Report on vaccination in the Province of Bengal - 1869-1873
Year: 1869
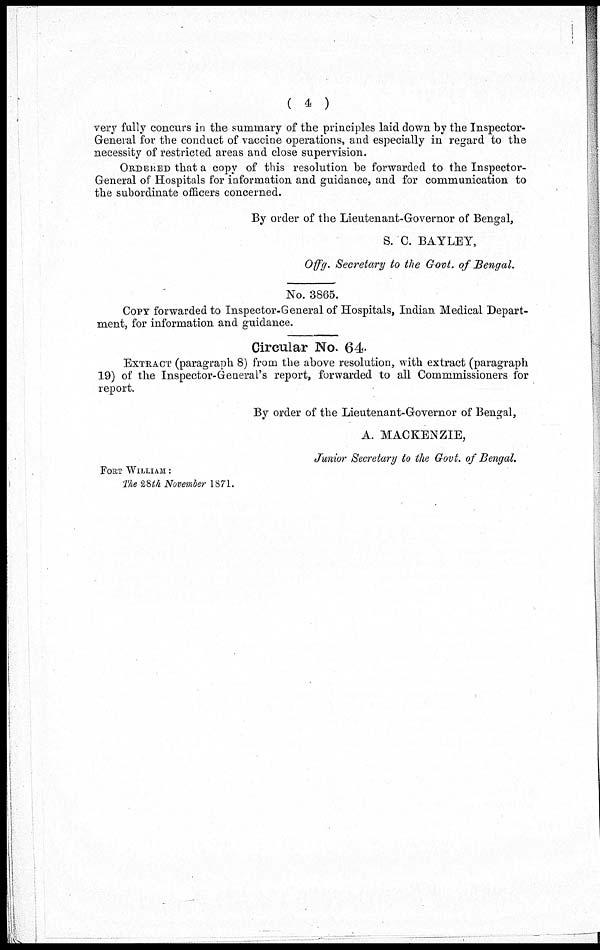
( 4 )
very fully concurs in the summary of the principles laid down by the Inspector-
General for the conduct of vaccine operations, and especially in regard to the
necessity of restricted areas and close supervision.
ORDERED that a copy of this resolution be forwarded to the Inspector-
General of Hospitals for information and guidance, and for communication to
the subordinate officers concerned.
By order of the Lieutenant-Governor of Bengal,
S. C. BAYLEY,
Offg. Secretary to the Govt. of Bengal.
No. 3865.
COPY forwarded to Inspector-General of Hospitals, Indian Medical Depart-
ment, for information and guidance.
Circular No. 64.
EXTRACT (paragraph 8) from the above resolution, with extract (paragraph
19) of the Inspector-General's report, forwarded to all Commmissioners for
report.
By order of the Lieutenant-Governor of Bengal,
A. MACKENZIE,
Junior Secretary to the Govt. of Bengal.
FORT WILLIAM :
The 28th November 1871.